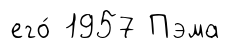
его́ 1957 Пэма